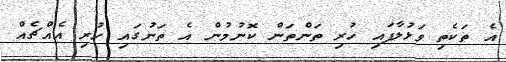
އެ ތަކެތި ވަޅުލާފައި ހުރި ތަންތަން ކޮނުމުން އެ ތަނުގައި ހުރި އެއްޗެއް